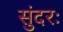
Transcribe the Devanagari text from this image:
सुंदरः